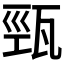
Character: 𤭓